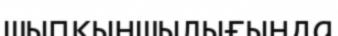
шыпқыншылығында